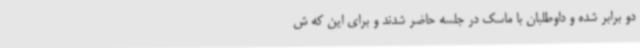
دو برابر شده و داوطلبان با ماسک در جلسه حاضر شدند و برای این که ش